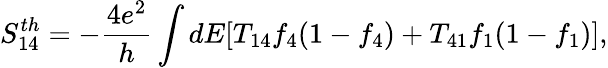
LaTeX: {S_{14}^{th}}=-\frac{4e^{2}}{h}\int dE[T_{14}f_{4}(1-f_{4})+T_{41}f_{1}(1-f_{1})],